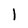
Character: l